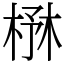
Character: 㮊